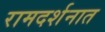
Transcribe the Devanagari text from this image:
रामदर्शनात